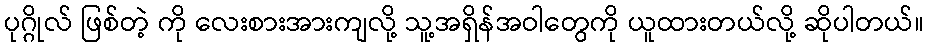
ပုဂ္ဂိုလ် ဖြစ်တဲ့ ကို လေးစားအားကျလို့ သူ့အရှိန်အဝါတွေကို ယူထားတယ်လို့ ဆိုပါတယ်။